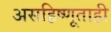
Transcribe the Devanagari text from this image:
असहिष्णूताही